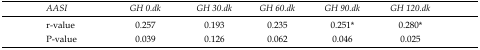
<table><thead><tr><td><b>AASI</b></td><td><b>GH 0.dk</b></td><td><b>GH 30.dk</b></td><td><b>GH 60.dk</b></td><td><b>GH 90.dk</b></td><td><b>GH 120.dk</b></td></tr></thead><tbody><tr><td>r-value</td><td>0.257</td><td>0.193</td><td>0.235</td><td>0.251*</td><td>0.280*</td></tr><tr><td>P-value</td><td>0.039</td><td>0.126</td><td>0.062</td><td>0.046</td><td>0.025</td></tr></tbody></table>